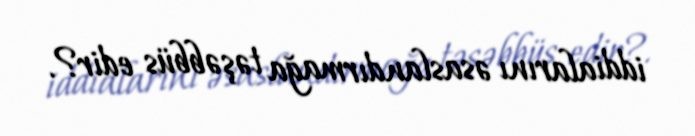
iddialarını əsaslandırmağa təşəbbüs edir?.